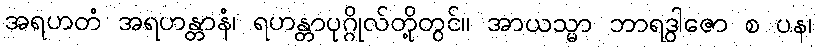
အရဟတံ အရဟန္တာနံ၊ ရဟန္တာပုဂ္ဂိုလ်တို့တွင်။ အာယသ္မာ ဘာရဒွါဇော စ ပန၊